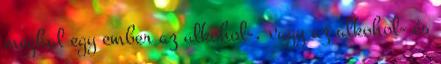
meghal egy ember az alkohol-, vagy az alkohol- és